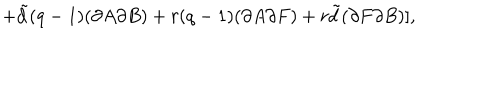
+ { \tilde { d } } ( q - 1 ) ( \partial A \partial B ) + r ( q - 1 ) ( \partial A \partial F ) + r { \tilde { d } } ( \partial F \partial B ) ] ,